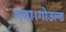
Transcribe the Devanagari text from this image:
गया।गोउल्‍ड